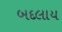
બદલાય